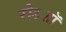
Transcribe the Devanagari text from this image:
रोडशाॅ